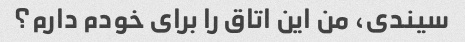
سیندی، من این اتاق را برای خودم دارم؟